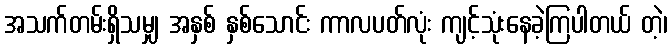
အသက်တမ်းရှိသမျှ အနှစ် နှစ်သောင်း ကာလပတ်လုံး ကျင့်သုံးနေခဲ့ကြပါတယ် တဲ့၊